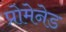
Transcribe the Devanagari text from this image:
प्रोमेनेड